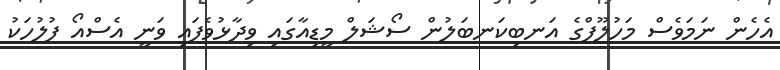
އެހެން ނަމަވެސް މަހުލޫފްގެ އަނބިކަނބަލުން ސޯޝަލް މީޑިއާގައި ވިދާޅުވެފައި ވަނީ އެސްއޯ ފުލުހަކު